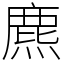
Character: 麃